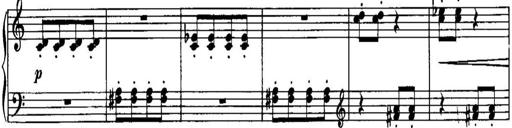
Title: Piano Sonatina No.1, Op.146
Composer: Stephen Heller